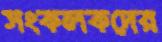
সংকলকদের